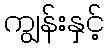
ကျွန်းနှင့်